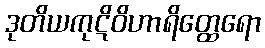
ဒုတိယကုဋိဝိဟာရိတ္ထေရော